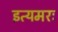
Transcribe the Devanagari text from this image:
इत्यमरः